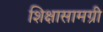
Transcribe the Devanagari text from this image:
शिक्षासामग्री